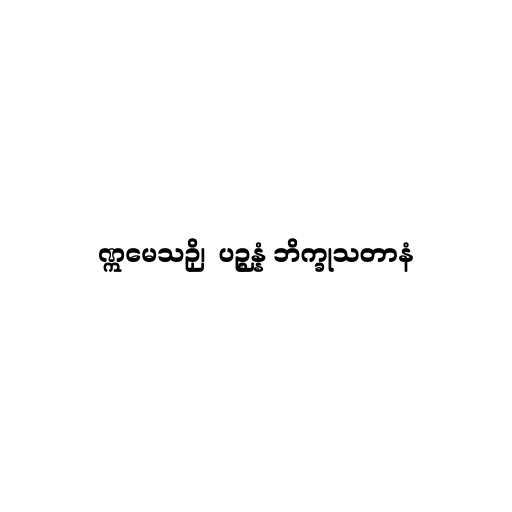
ဣမေသဉှိ၊  ပဉ္စန္နံ ဘိက္ခုသတာနံ